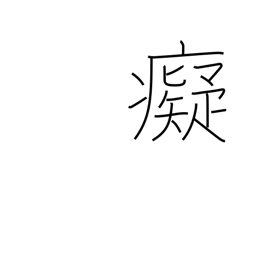
Meaning: foolish